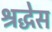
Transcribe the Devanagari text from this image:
श्रद्धेस